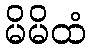
မိမိထံ